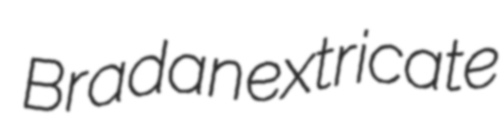
Bradan extricate